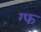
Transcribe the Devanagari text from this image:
ग्फ